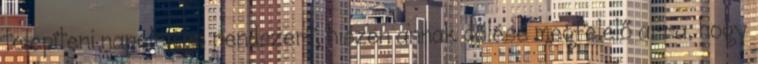
telepíteni napelemes rendszert, hiszen annak dőlése megfelelő arra, hogy